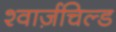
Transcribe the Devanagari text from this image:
श्वार्ज़चिल्ड